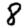
Digit: 8